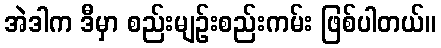
အဲဒါက ဒီမှာ စည်းမျဉ်းစည်းကမ်း ဖြစ်ပါတယ်။